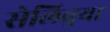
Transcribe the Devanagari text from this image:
सेलिबुया